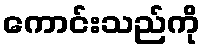
ကောင်းသည်ကို